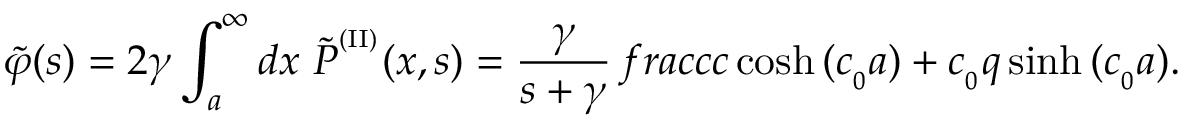
{ \widetilde { \varphi } } ( s ) = 2 \gamma \int _ { a } ^ { \infty } d x \ { \widetilde P } ^ { ^ { ( \mathrm { I I } ) } } ( x , s ) = \frac { \gamma } { s + \gamma } \, f r a c { c } { c \cosh { ( c _ { _ 0 } a ) } + c _ { _ 0 } q \sinh { ( c _ { _ 0 } a ) } } .